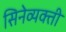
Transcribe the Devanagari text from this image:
सिनेव्यक्ती